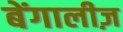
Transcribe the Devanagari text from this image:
बेंगालीज़